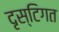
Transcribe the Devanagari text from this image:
दृस्टिगत